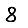
Digit: 8